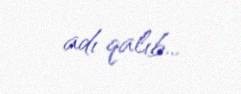
adı qalıb...